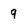
Character: 9